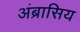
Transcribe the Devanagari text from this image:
अंब्रासिय